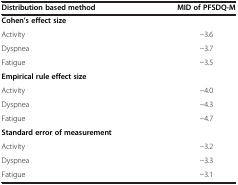
| Distribution based method | MID of PFSDQ-M |
 | --- | --- |
 | Cohen’s effect size |  |
 | Activity | −3.6 |
 | Dyspnea | −3.7 |
 | Fatigue | −3.5 |
 | Empirical rule effect size |  |
 | Activity | −4.0 |
 | Dyspnea | −4.3 |
 | Fatigue | −4.7 |
 | Standard error of measurement |  |
 | Activity | −3.2 |
 | Dyspnea | −3.3 |
 | Fatigue | −3.1 |